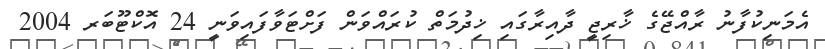
އެމަނިކުފާނު ރާއްޖޭގެ ޚާރިޖީ ދާއިރާގައި ޚިދުމަތް ކުރައްވަން ފަށްޓަވާފައިވަނީ 24 އޮކްޓޫބަރ 2004